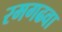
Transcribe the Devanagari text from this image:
रमगढवा